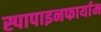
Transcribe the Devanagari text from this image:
स्पापाइनफार्याम